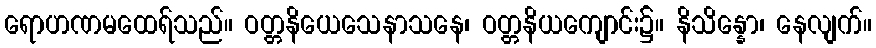
ရောဟဏမထေရ်သည်။ ဝတ္တနိယေသေနာသနေ၊ ဝတ္တနိယကျောင်း၌။ နိသိန္နော၊ နေလျက်။